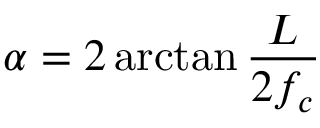
\alpha = 2 \arctan { \frac { L } { 2 f _ { c } } }